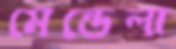
মেন্ডেলা